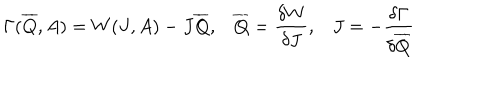
\Gamma ( \overline { { { Q } } } , A ) = W ( J , A ) - J \overline { { { Q } } } , \overline { { { Q } } } = \frac { \delta W } { \delta J } , J = - \frac { \delta \Gamma } { \delta \overline { { { Q } } } }